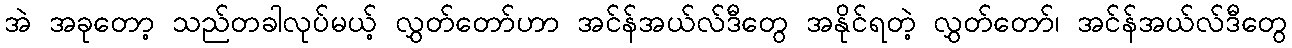
အဲ အခုတော့ သည်တခါလုပ်မယ့် လွှတ်တော်ဟာ အင်န်အယ်လ်ဒီတွေ အနိုင်ရတဲ့ လွှတ်တော်၊ အင်န်အယ်လ်ဒီတွေ